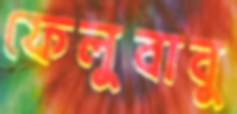
ফেলুবাবু